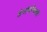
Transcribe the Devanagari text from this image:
शेगांवनिवासी